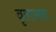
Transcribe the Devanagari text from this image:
वृतात्मक